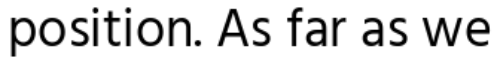
position. As far as we